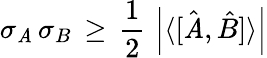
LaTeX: \sigma_{\mathit{A}}\, \sigma_{B}\, \geq\, {\frac{{1}}{{2}}}\, \left|\langle[{\hat{{\mathit{A}}}},{\hat{{B}}}]\rangle\right|